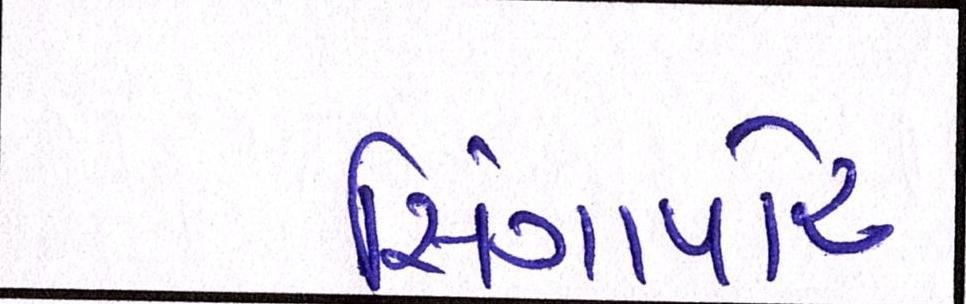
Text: સિંગાપોર